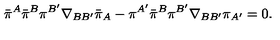
\bar { \pi } { } ^ { A } \bar { \pi } ^ { B } \pi ^ { B ^ { \prime } } \nabla _ { B B ^ { \prime } } \bar { \pi } _ { A } - \pi ^ { A ^ { \prime } } \bar { \pi } ^ { B } \pi ^ { B ^ { \prime } } \nabla _ { B B ^ { \prime } } \pi _ { A ^ { \prime } } = 0 .